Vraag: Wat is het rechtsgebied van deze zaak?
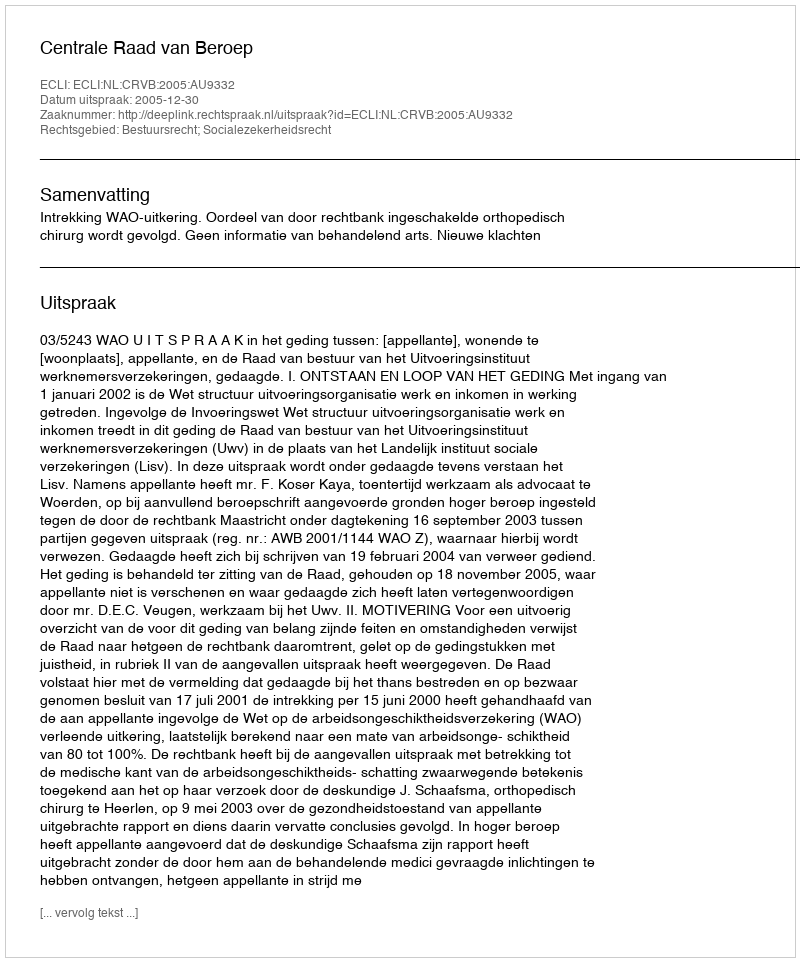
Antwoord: Bestuursrecht; Socialezekerheidsrecht